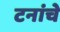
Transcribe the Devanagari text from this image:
टनांचे